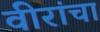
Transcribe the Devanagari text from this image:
वीरांचा